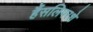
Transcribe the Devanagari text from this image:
हैंसलिपरशे